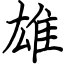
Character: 雄